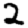
Digit: 2